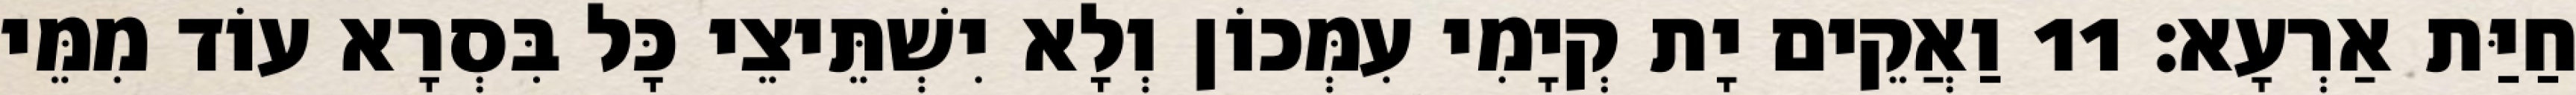
חַיַּת אַרְעָא׃ 11 וַאֲקֵים יָת קְיָמִי עִמְּכוֹן וְלָא יִשְׁתֵּיצֵי כָּל בִּסְרָא עוֹד מִמֵּי